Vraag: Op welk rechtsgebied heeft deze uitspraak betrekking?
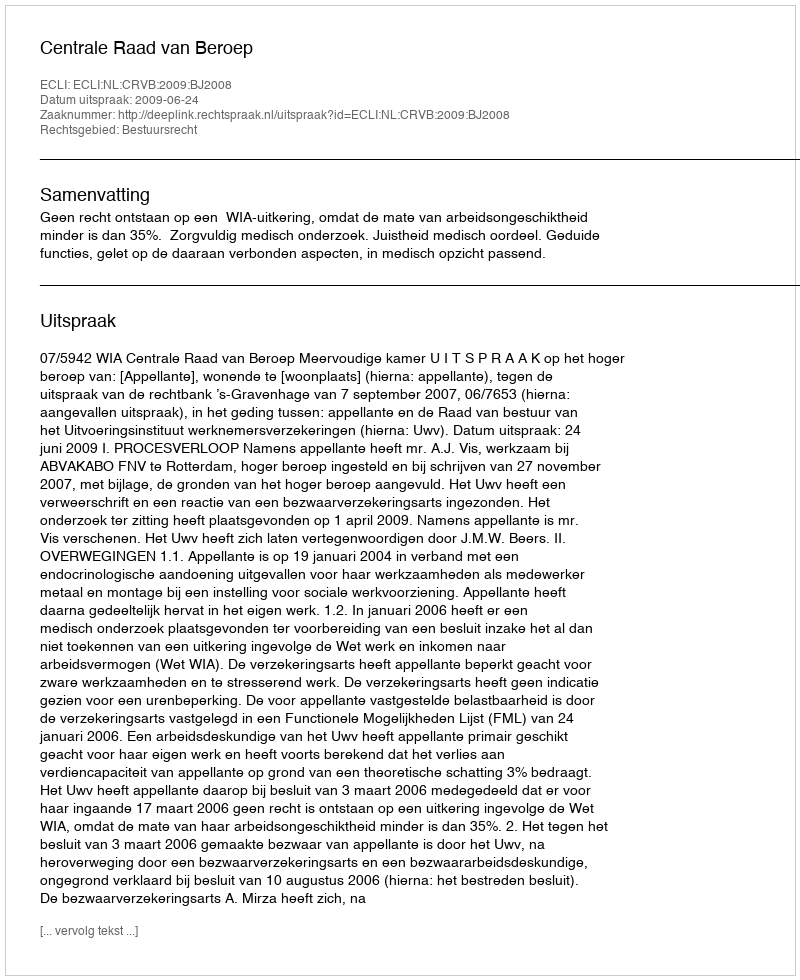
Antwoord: Bestuursrecht